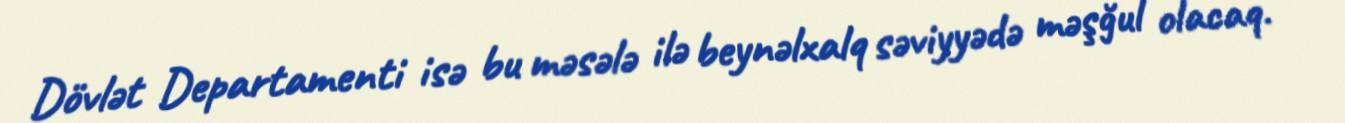
Dövlət Departamenti isə bu məsələ ilə beynəlxalq səviyyədə məşğul olacaq.